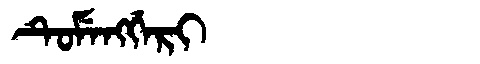
Manchu: ᡨᡠᠮᡝᠩᡤᡝᡵᡳ
Romanization: TUMENGGERI